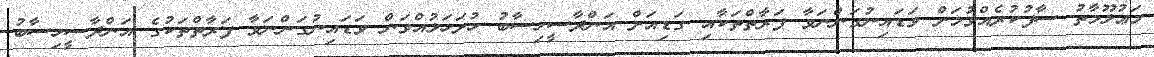
މަޢުލޫމާތު ސާފުކުރެއްވުމަށް ވަޑައިނުގަންނަވާ ފަރާތްތަކާއި ގަޑިއަށް އަންދާސީހިސާބު ހުށަހަޅުއްވަން ވަޑައިނުގަންނަވާ ފަރާތްތަކުގެ އަންދާސީހިސާބު